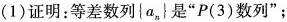
(1)证明：等差数列\{a_{n}\}是”P(3)数列”；